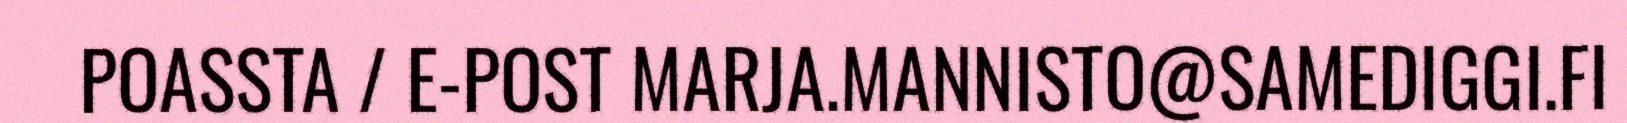
POASSTA / E-POST MARJA.MANNISTO@SAMEDIGGI.FI